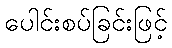
ပေါင်းစပ်ခြင်းဖြင့်